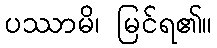
ပဿာမိ၊ မြင်ရ၏။